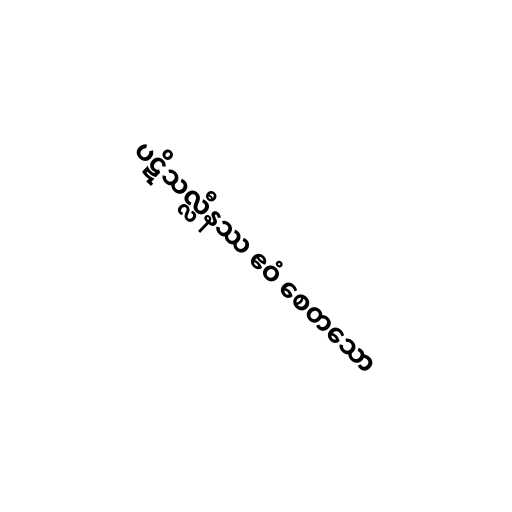
ပဋိသလ္လီနဿ ဧဝံ စေတသော